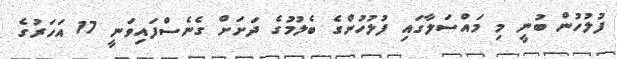
ފުލުހުން ބުނީ މި މައްސަލާގައި ފުލުހުންގެ ބެލުމުގެ ދަށަށް ގެނެސްފައިވަނީ 17 އަހަރުގެ